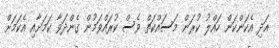
އަދި އެކަންކަން ހައްލު ކުރަން މަސައްކަތް ވެސް ކުރައްވަމުން ގެންދަވާ ކަމަށާއި އެކަމަށް